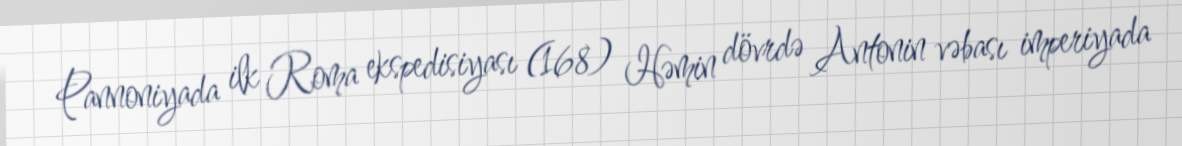
Pannoniyada ilk Roma ekspedisiyası (168) Həmin dövrdə Antonin vəbası imperiyada